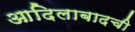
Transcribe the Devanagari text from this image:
आदिलाबादची